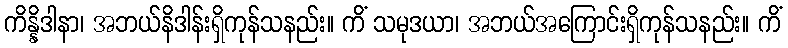
ကိန္နိဒါနာ၊ အဘယ်နိဒါန်းရှိကုန်သနည်း။ ကိံ သမုဒယာ၊ အဘယ်အကြောင်းရှိကုန်သနည်း။ ကိံ